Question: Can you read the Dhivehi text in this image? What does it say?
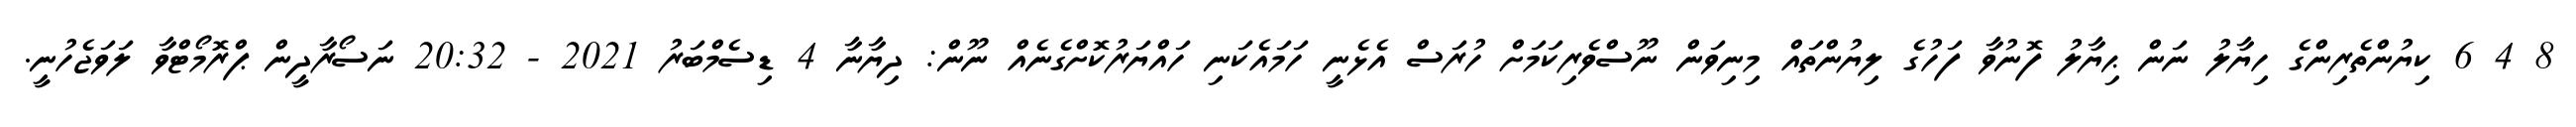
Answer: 8 4 6 ކިޔުންތެރިންގެ ހިޔާލު ނަން ޙިޔާލު ފޮނުވާ ފަހުގެ ލިޔުންތައް މިނިވަން ނޫސްވެރިކަމަށް ހުރަސް އެޅެނީ ހަމައެކަނި ހައްޔަރުކޮށްގެނެއް ނޫން: ދިޔާނާ 4 ޑިސެމްބަރު 2021 - 20:32 ނަސޯރާދީން ޕްރޮމޯޓްވާ ލަވަޖެހުނީ.